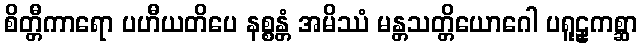
စိတ္တီကာရော ပဟီယတိပေ နစ္စန္တံ အမိဿံ မန္တသတ္တိယောဂေါ ပရူဠှကစ္ဆာ